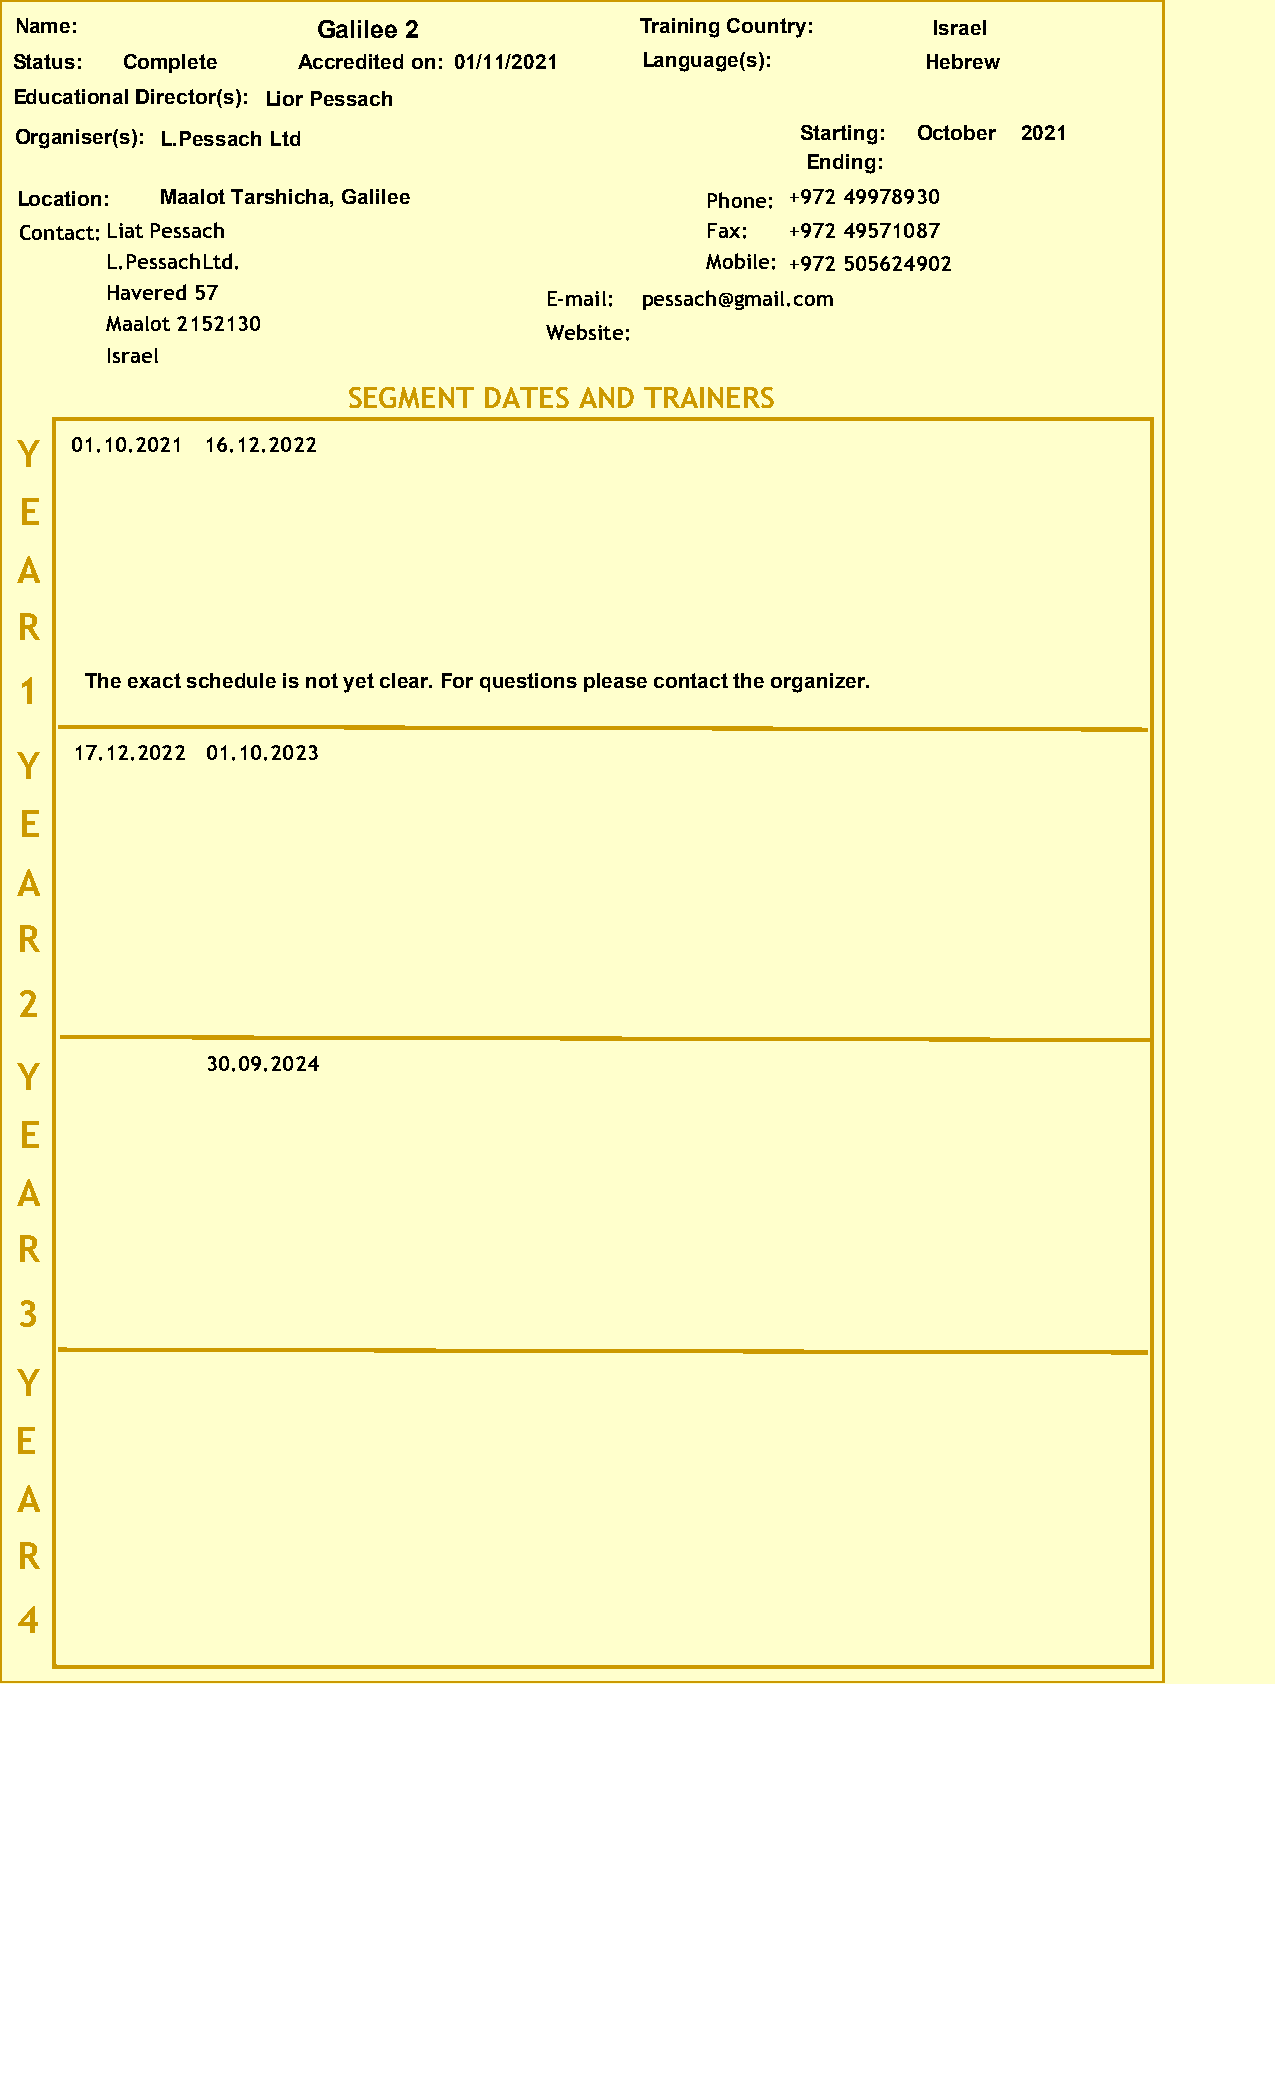
Name:               Galilee 2            Training Country:   Israel
 Status: Complete   Accredited on: 01/11/2021 Language(s):   Hebrew
 Educational Director(s): Lior Pessach
 Organiser(s): L.Pessach Ltd                         Starting: October 2021
 Ending:
 Location: Maalot Tarshicha, Galilee           Phone: +972 49978930
 Contact:Liat Pessach                          Fax: +972 49571087
 L.PessachLtd.                           Mobile: +972 505624902
 Havered 57                   E-mail: pessach@gmail.com
 Maalot 2152130
 Website:
 Israel
 SEGMENT  DATES AND  TRAINERS
 Y   01.10.2021 16.12.2022
 E
 A
 R
 1    The exact schedule is not yet clear. For questions please contact the organizer.
 Y   17.12.2022 01.10.2023
 E
 A
 R
 2
 Y            30.09.2024
 E
 A
 R
 3
 Y
 E
 A
 R
 4